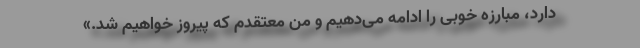
دارد، مبارزه خوبی را ادامه می‌دهیم و من معتقدم که پیروز خواهیم شد.»